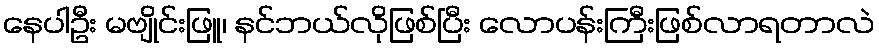
နေပါဦး မဗျိုင်းဖြူ၊ နင်ဘယ်လိုဖြစ်ပြီး လောပန်းကြီးဖြစ်လာရတာလဲ